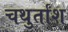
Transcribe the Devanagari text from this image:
चथुर्तांश